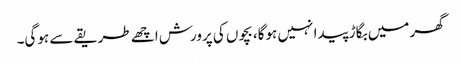
گھر میں بگاڑ پیدا نہیں ہوگا، بچوں کی پرورش اچھے طریقے سے ہوگی۔